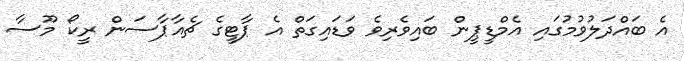
އެ ބައްދަލުވުމުގައި އެމްޑީޕީން ބައިވެރިވެ ވަޑައިގަތް އެ ޕާޓީގެ ޗެއާޕާސަން ރީކޯ މޫސާ